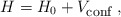
\begin{align*}H = H_0 + V_{\mbox{\footnotesize conf}} \; ,\end{align*}